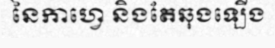
នៃកាហ្វេ និងតែឆុងឡើង